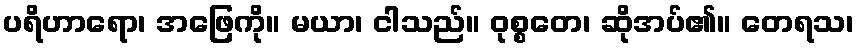
ပရိဟာရော၊ အဖြေကို။ မယာ၊ ငါသည်။ ဝုစ္စတေ၊ ဆိုအပ်၏။ တေရသ၊